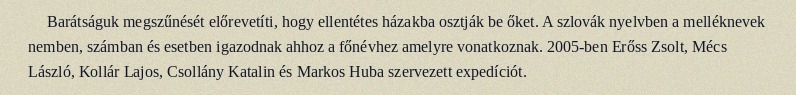
Barátságuk megszűnését előrevetíti, hogy ellentétes házakba osztják be őket. A szlovák nyelvben a melléknevek nemben, számban és esetben igazodnak ahhoz a főnévhez amelyre vonatkoznak. 2005-ben Erőss Zsolt, Mécs László, Kollár Lajos, Csollány Katalin és Markos Huba szervezett expedíciót.